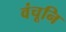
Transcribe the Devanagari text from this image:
वंचूनि